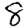
Digit: 8